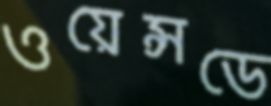
ওয়েন্সডে